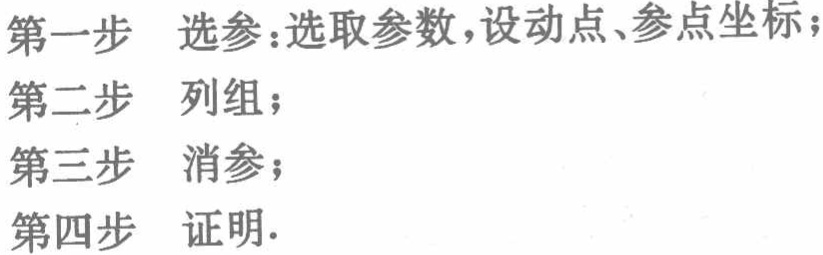
第一步 选参：选取参数，设动点、参点坐标；
第二步 列组；
第三步 消参；
第四步 证明.